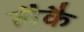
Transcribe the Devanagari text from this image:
लैकै